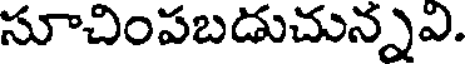
సూచింపబడుచున్నఎ.